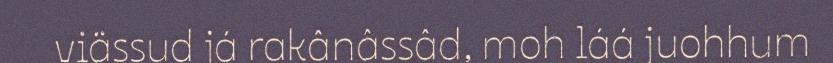
viässud já rakânâssâd, moh láá juohhum